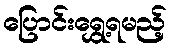
ပြောင်းရွှေ့ရမည့်